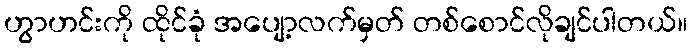
ဟွာဟင်းကို ထိုင်ခုံ အပျော့လက်မှတ် တစ်စောင်လိုချင်ပါတယ်။